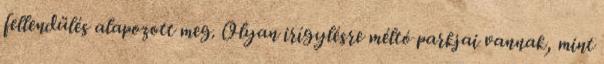
fellendülés alapozott meg. Olyan irígylésre méltó parkjai vannak, mint